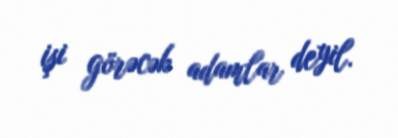
işi görəcək adamlar deyil.